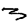
Digit: 3